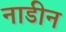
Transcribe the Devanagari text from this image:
नाडीन